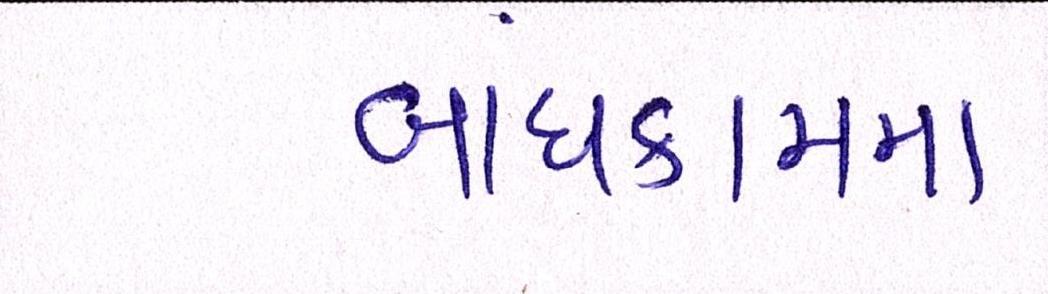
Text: બાંધકામમાં